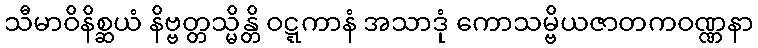
သီမာဝိနိစ္ဆယံ နိဗ္ဗတ္တသ္မိန္တိ ဝဋ္ဋကာနံ အသာဒုံ ကောသမ္ဗိယဇာတကဝဏ္ဏနာ